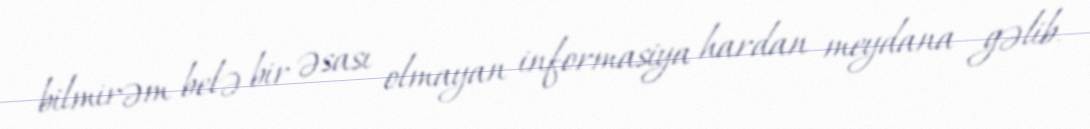
bilmirəm belə bir əsası olmayan informasiya hardan meydana gəlib.